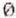
0